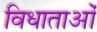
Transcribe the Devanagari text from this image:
विधाताओं